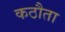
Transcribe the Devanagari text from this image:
कठौता